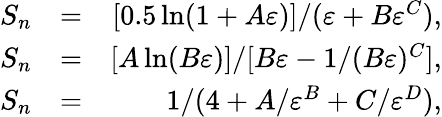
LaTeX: \begin{array}{rlr}{S_{n}}&{=}&{[0.5\ln(1+A\varepsilon)]/(\varepsilon+B\varepsilon^{C}),}\\ {S_{n}}&{=}&{[A\ln(B\varepsilon)]/[B\varepsilon-1/(B\varepsilon)^{C}],}\\ {S_{n}}&{=}&{1/(4+A/\varepsilon^{B}+C/\varepsilon^{D}),}\end{array}